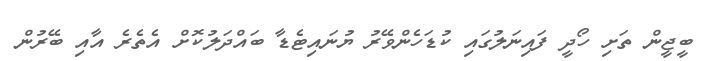
ބީޖީން ތަށި ހޯދީ ފައިނަލުގައި ކުޑަހެންވޭރު ޔުނައިޓެޑާ ބައްދަލުކޮށް އެތެރެ އާއި ބޭރުން